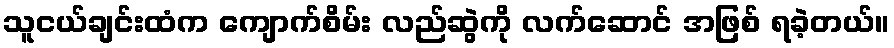
သူငယ်ချင်းထံက ကျောက်စိမ်း လည်ဆွဲကို လက်ဆောင် အဖြစ် ရခဲ့တယ်။